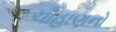
ચૌહાણનો